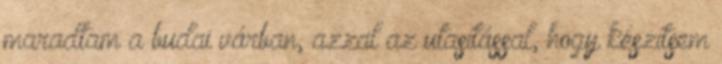
maradtam a budai várban, azzal az utasítással, hogy készítsem